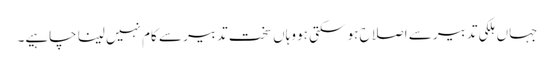
جہاں ہلکی تدبیر سے اصلاح ہو سکتی ہو وہاں سخت تدبیر سے کام نہیں لینا چاہیے۔